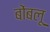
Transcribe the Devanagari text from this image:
बोंबलू